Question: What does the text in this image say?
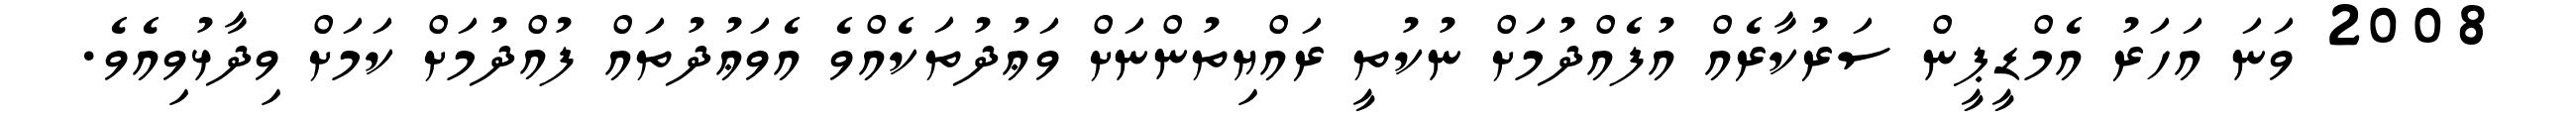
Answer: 2008 ވަނަ އަހަރު އެމްޑީޕީން ސަރުކާރެއް އުފެއްދުމަށް ނުކުތީ ރައްޔިތުންނަށް ވަޢުދުތަކެއްވެ އެވަޢުދުތައް ފުއްދުމަށް ކަމަށް ވިދާޅުވިއެވެ.